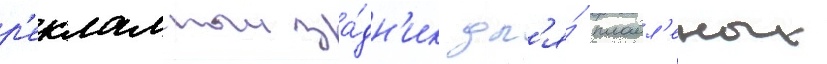
р'екламныи за́дн'ик дл'я́ плавл'еных